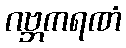
ဂဗ္ဘကရဏံ